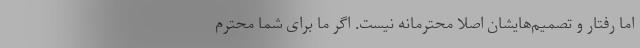
اما رفتار و تصمیم‌هایشان اصلا محترمانه نیست. اگر ما برای شما محترم